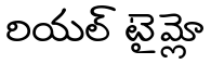
రియల్ టైమ్లో